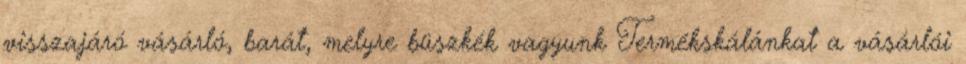
visszajáró vásárló, barát, melyre büszkék vagyunk Termékskálánkat a vásárlói